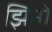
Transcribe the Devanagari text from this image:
झिनो